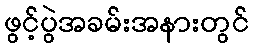
ဖွင့်ပွဲအခမ်းအနားတွင်